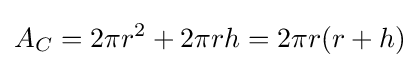
A_{C}=2\pi r^{2}+2\pi rh=2\pi r(r+h)